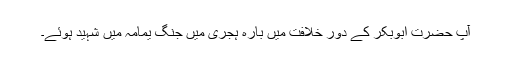
آپ حضرت ابوبکر کے دور خلافت میں بارہ ہجری میں جنگ یمامہ میں شہید ہوئے۔